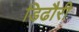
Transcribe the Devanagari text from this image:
डिढौरी